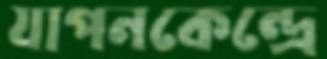
যাপনকেন্দ্রে